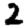
Digit: 2